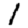
Digit: 1